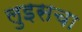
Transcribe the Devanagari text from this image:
लुइसचा